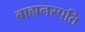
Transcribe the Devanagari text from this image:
ब्राह्मनस्पति